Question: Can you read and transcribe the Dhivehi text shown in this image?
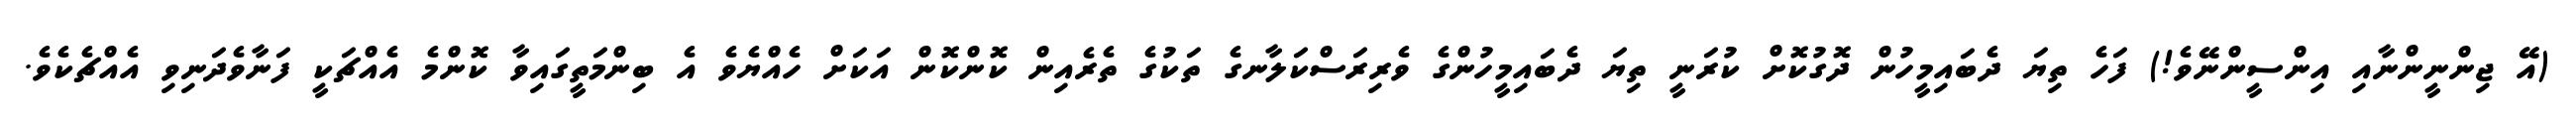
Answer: (އޭ ޖިންނީންނާއި އިންސީންނޭވެ!) ފަހެ ތިޔަ ދެބައިމީހުން ދޮގުކޮށް ކުރަނީ ތިޔަ ދެބައިމީހުންގެ ވެރިރަސްކަލާނގެ ތަކުގެ ތެރެއިން ކޮންކޮން އަކަށް ހެއްޔެވެ އެ ބިންމަތީގައިވާ ކޮންމެ އެއްޗަކީ ފަނާވެދަނިވި އެއްޗެކެވެ.